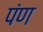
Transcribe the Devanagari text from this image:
पंण